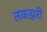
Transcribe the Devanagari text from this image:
लकझरी